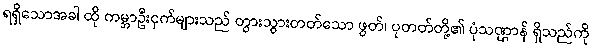
ရရှိသောအခါ ထို ကမ္ဘာဦးငှက်များသည် တွားသွားတတ်သော ဖွတ်၊ ပုတတ်တို့၏ ပုံသဏ္ဌာန် ရှိသည်ကို